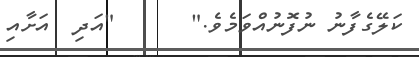
ކަލޭގެފާނު ނުފޮނުއްވަމެވެ."      "އަދި  އަށާއި